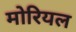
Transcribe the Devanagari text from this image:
मोरियल